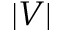
| V |